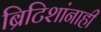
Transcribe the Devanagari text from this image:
ब्रिटिशांनाही